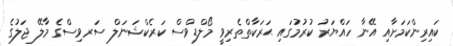
ކައިރިންކަމަށާއި އޭނާ ހައްޔަރު ކުރުމުގައި ޙަރަކާތްތެރިވީ މޯލްޑިވްސް ކަރެކްޝަނަލް ސަރވިސްގެ މާލޭ ޖަލުގެ